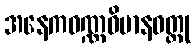
အနေကဝဏ္ဏဝိမာနဝတ္ထု